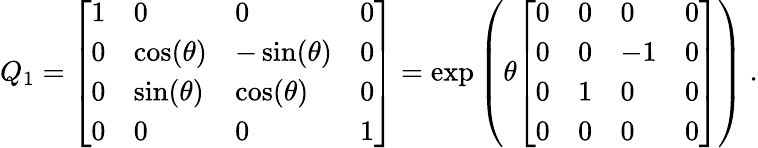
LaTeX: Q_{1}={\left[\begin{array}{llll}{1}&{0}&{0}&{0}\\ {0}&{\cos(\theta)}&{-\sin(\theta)}&{0}\\ {0}&{\sin(\theta)}&{\cos(\theta)}&{0}\\ {0}&{0}&{0}&{1}\end{array}\right]}=\exp\left(\theta{\left[\begin{array}{llll}{0}&{0}&{0}&{0}\\ {0}&{0}&{-1}&{0}\\ {0}&{1}&{0}&{0}\\ {0}&{0}&{0}&{0}\end{array}\right]}\right)~.